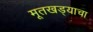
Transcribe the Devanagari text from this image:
मूतखड्याचा